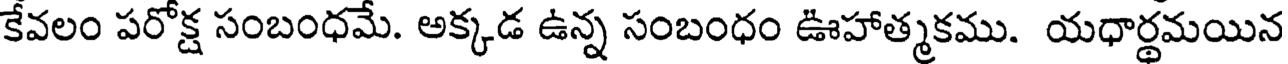
కేవలం పరోక్ష సంబంధమే. అక్కడ ఉన్న సంబంధం ఊహాత్మకము. యధార్థమయిన